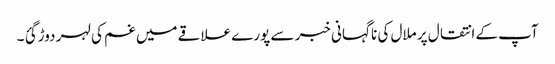
آپ کے انتقال پر ملال کی نا گہانی خبر سے پورے علاقے میں غم کی لہر دوڑ گئ ۔